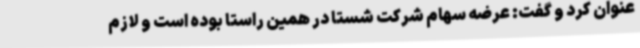
عنوان کرد و گفت: عرضه سهام شرکت شستا در همین راستا بوده است و لازم